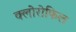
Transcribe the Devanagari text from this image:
क्‍लोरोफिल